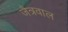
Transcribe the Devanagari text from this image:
जैत्रवाल